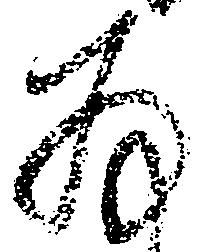
存